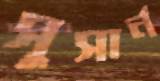
সুসার্ন